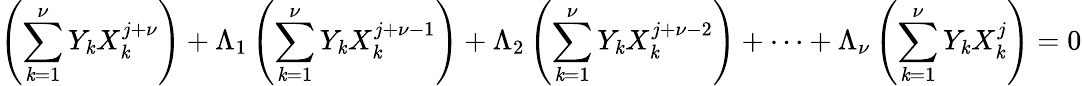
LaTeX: \left(\sum_{\mathit{k}=1}^{\nu}Y_{\mathit{k}}X_{\mathit{k}}^{j+\nu}\right)+\Lambda_{1}\left(\sum_{\mathit{k}=1}^{\nu}Y_{\mathit{k}}X_{\mathit{k}}^{j+\nu-1}\right)+\Lambda_{2}\left(\sum_{\mathit{k}=1}^{\nu}Y_{\mathit{k}}X_{\mathit{k}}^{j+\nu-2}\right)+\cdots+\Lambda_{\nu}\left(\sum_{\mathit{k}=1}^{\nu}Y_{\mathit{k}}X_{\mathit{k}}^{j}\right)=0